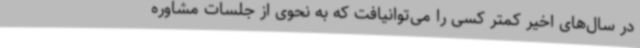
در سال‌های اخیر کمتر کسی را می‌توانیافت که به نحوی از جلسات مشاوره